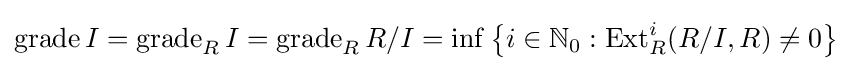
{\textrm {grade}}\,I={\textrm {grade}}_{R}\,I={\textrm {grade}}_{R}\,R/I=\inf \left\{i\in \mathbb {N} _{0}:{\textrm {Ext}}_{R}^{i}(R/I,R)\neq 0\right\}